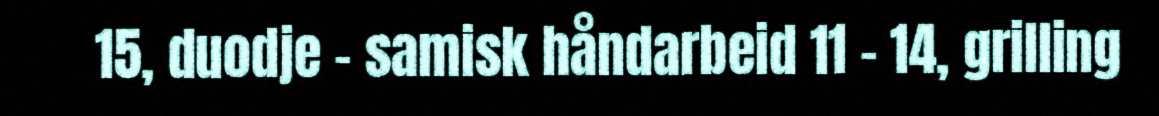
15, duodje - samisk håndarbeid 11 - 14, grilling